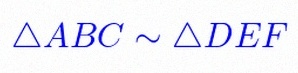
\triangle ABC\sim\triangle DEF